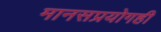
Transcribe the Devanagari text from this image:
मानसप्रयोगही